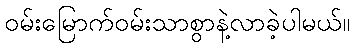
ဝမ်းမြောက်ဝမ်းသာစွာနဲ့လာခဲ့ပါမယ်။